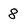
Character: 8